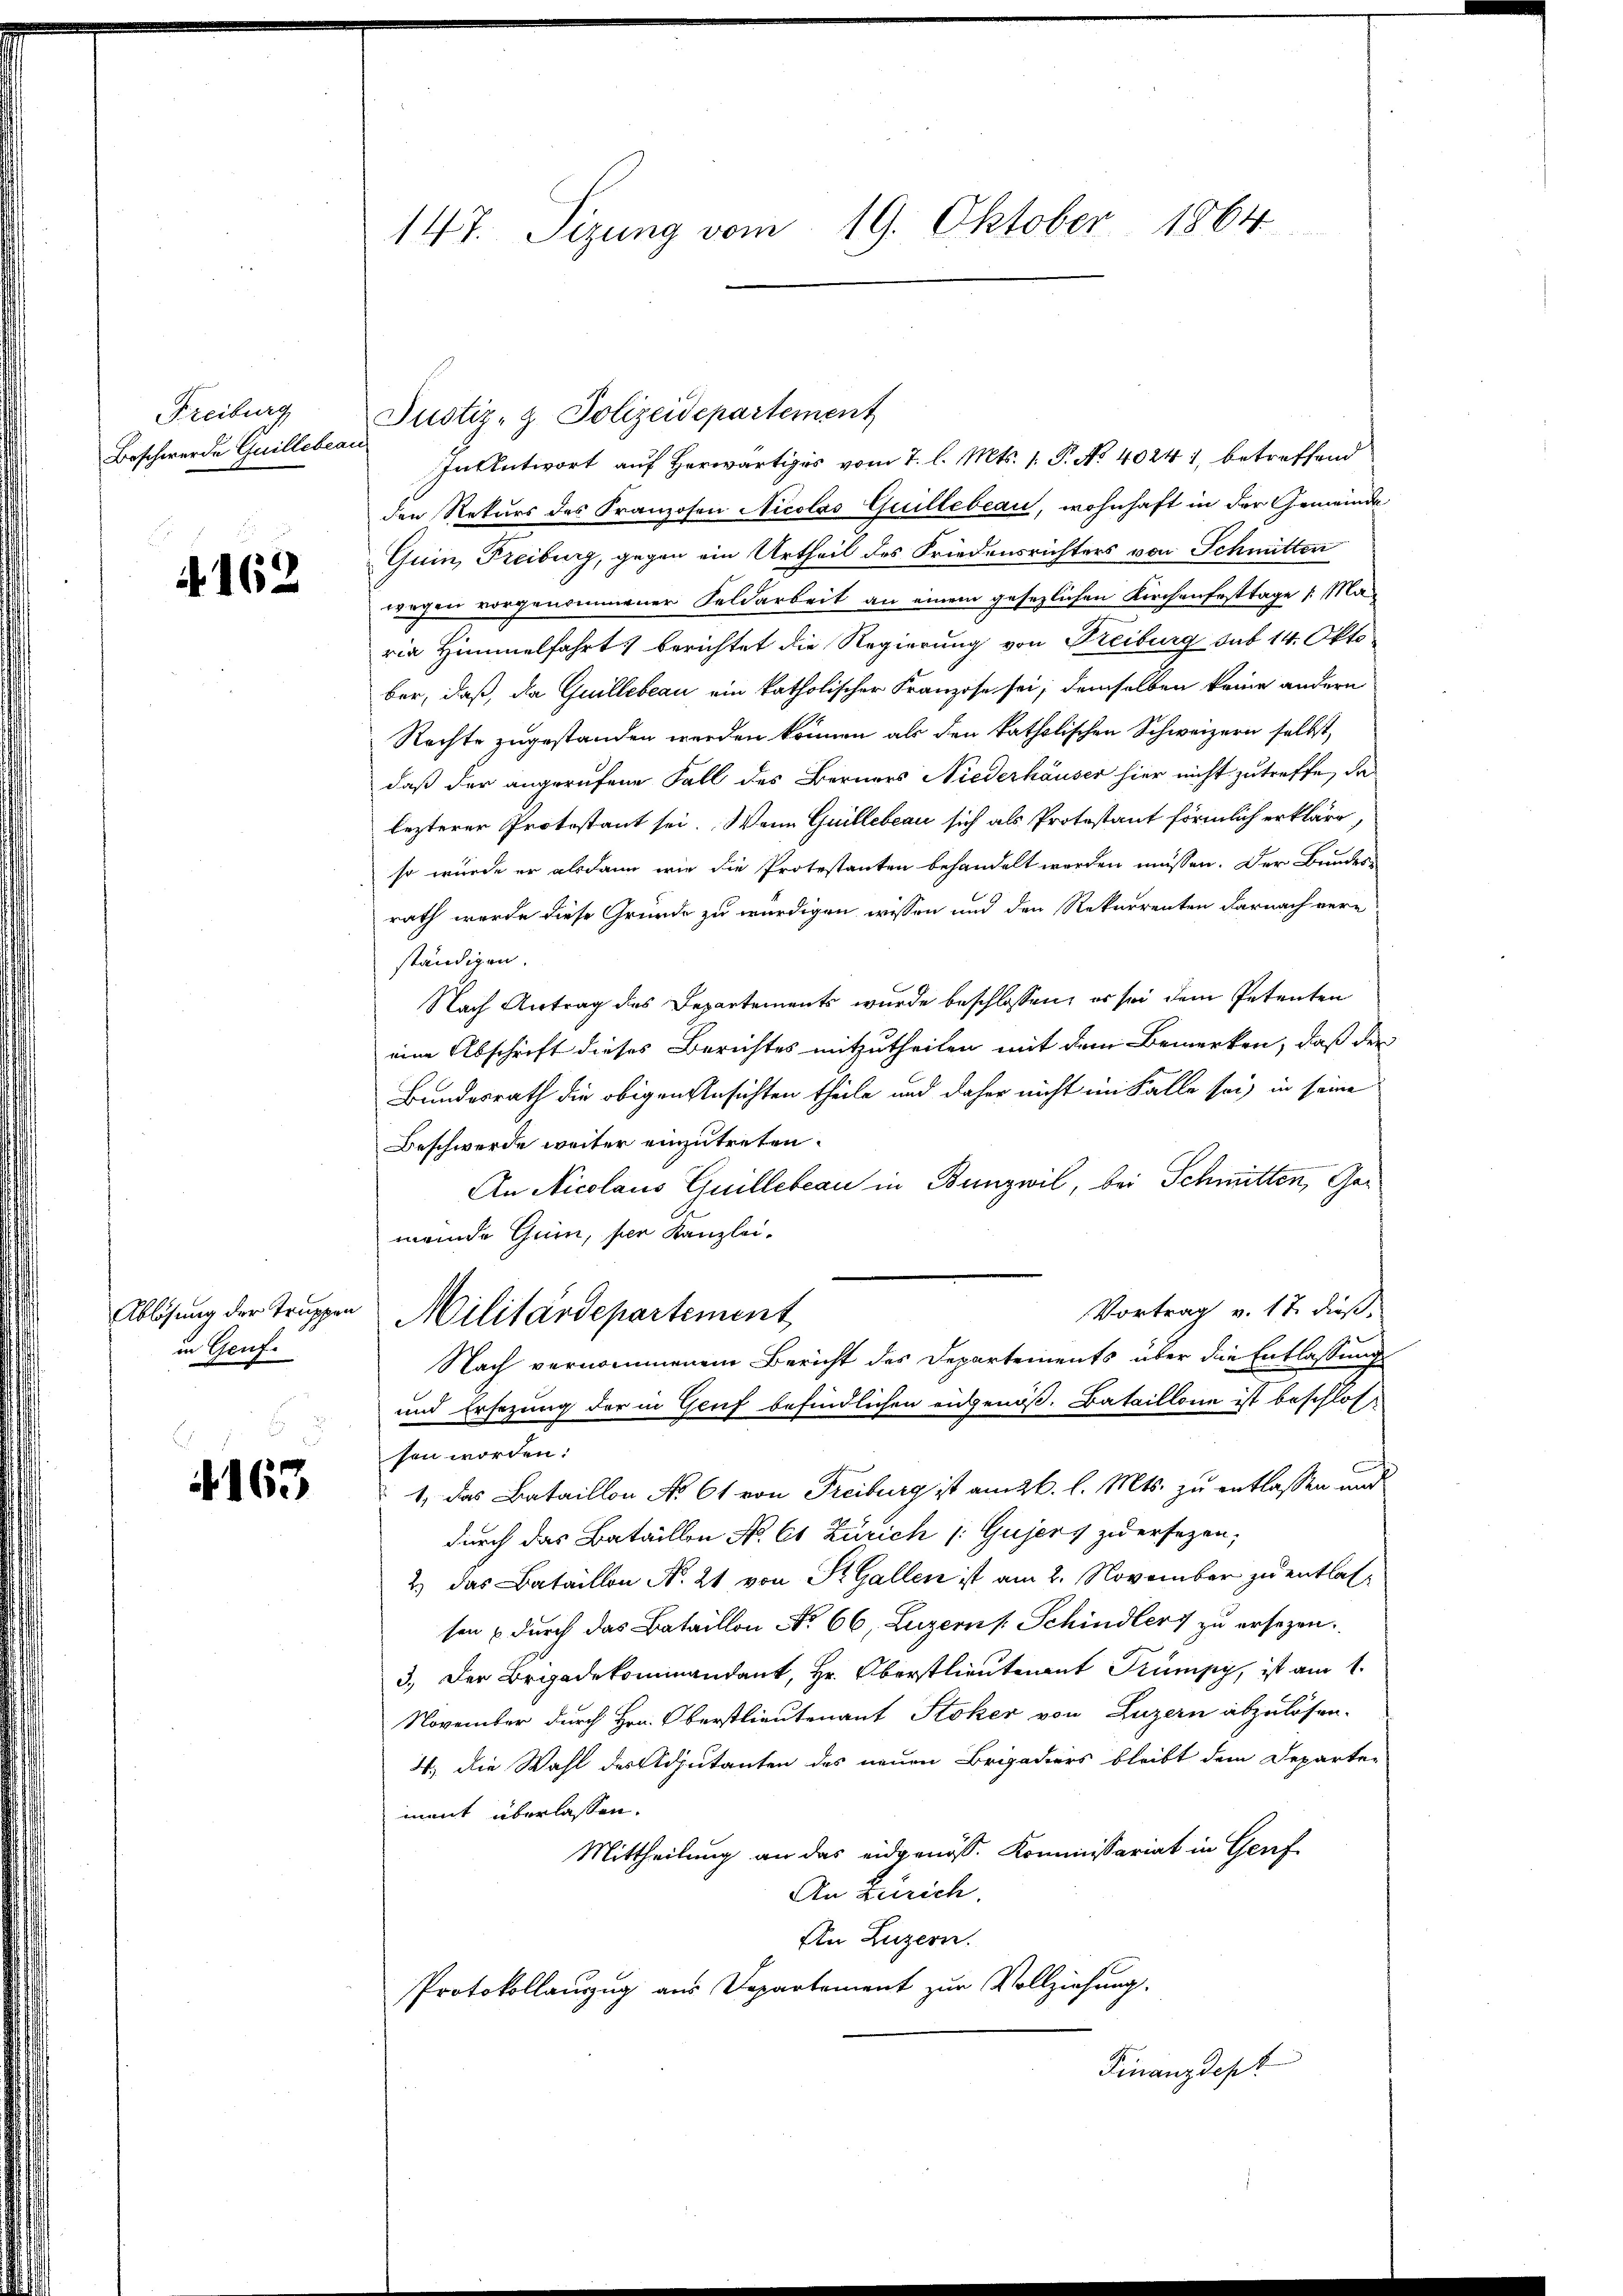
Freiburg
Beschwerde Guillebeau

4162

Ablösung der Truppen
in Genf.

4163

147. Sizung vom 19. Oktober 1864

Justiz- & Polizeidepartement
Intentwort auf Herwärtiges vom 7. l. Mts. 1. P. No 40241, betreffend
den Rekurs des Franzosen Nicolas Gullebeau, wohnhaft in der Gemeinde
Guin, Freiburg, gegen ein Urtheil des Friedensrichters von Schmitten
wagen vorgenommener Feldarbeit an einem gesezlichen Kirchenfesttage /: Ma
ria Himmelfahrt berichtet die Regierung von Preiburg sub 14. Okto
ber, daß, da Guillebeau ein katholischer Franzose sei; demselben keine andern
Rechte zugestanden werden können als den katholischen Schweizern selbst,
daß der angerufene Fall des Berners Niederhäuser hier nicht zutreffe, da
lezterer Protestant sei. Wenn Guillebeau sich als Protestant förmlich erklärt,
so würde er alsdann wie die Protestanten behandelt worden müssen. Der Bundesrath werde diese Gründe zu würdigen wissen und den Rekurrenten darnach vere
ständigen.
Nach Antrag des Departements wurde beschlossen, er sei dem Petenten
eine Abschrift dieses Berichtes mitzutheilen mit dem Bemerken, daß der
Bundesrath die obigen Ansichten theile und daher nicht im Falle sei, in seine
Beschwerde weiter einzutreten.
e
An Nicolaus Guillebeau in Bunzwil, bei Schmitten, Gemeinde Gui, per Kanzlei-
Vortrag v. 17. dieß,
Militärdepartement
Nach vernommenem Bericht des Departements über die Entlassung
und Ersezung der in Gluf befindlichen eingenöß. Bataillone ist beschlossen worden:
1., das Bataillon No 61 von Freiburg ist am 26. l. Mts. zu entlassen und
durch das Bataillen No 61 Zürich /: Gujers zu ersezen,
2) das Bataillon No. 21 von St. Gallen ist am 2. November zu entlassen & durch das Bataillon No 66, Luzern s. Schindlers zu ersezen.
3.) Der Begadekommandant, Hr. Oberstlieutenant Trümpy, ist am 1.
November durch Hrn. Oberstlieutenant Stoker von Luzern abzulösen.
4. die Wahl des Adjutanten des neuen Brigadiers bleibt dem Departe
ment überlassen.
Mittheilung an das eidgenöss. Kommissariat in Genf
An Zürich.
An Luzern.
Protokollauszug aus Departement zur Vollziehung.
Finanzdept